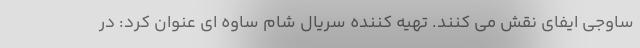
ساوجی ایفای نقش می کنند. تهیه کننده سریال شام ساوه ای عنوان کرد: در